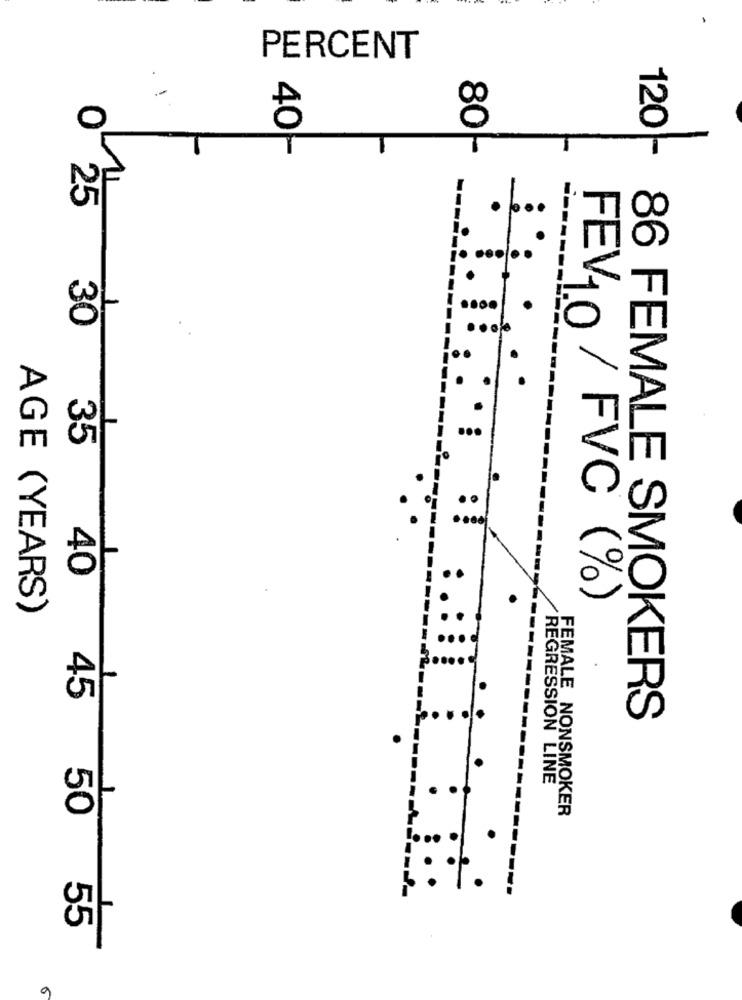
PERCENT
40H-
80 --
120-
25
30
35
40
FEV10 / FVC (%)
AGE (YEARS)
45
..
86 FEMALE SMOKERS
REGRESSION LINE
50
FEMALE NONSMOKER
55
6